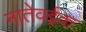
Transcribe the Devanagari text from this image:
नातेवईक